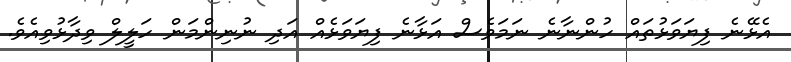
އެޅޭނެ ފިޔަވަޅުތައް ހުންނާނެ ނަމަވެސް އަޅާނެ ފިޔަވަޅެއް އަދި ނުނިންމަން ހަލީލް ވިދާޅުވިއެވެ.